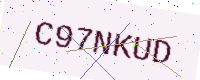
Text: C97NKUD